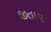
જીતાય